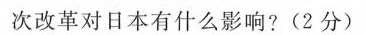
次改革对日本有什么影响?(2分)